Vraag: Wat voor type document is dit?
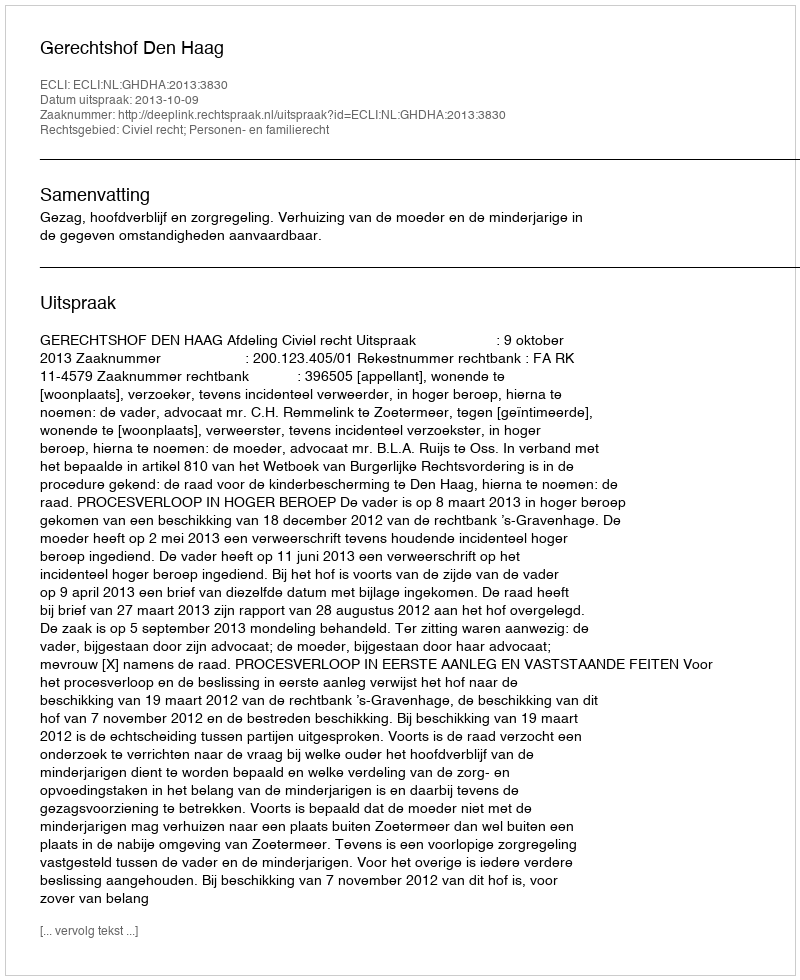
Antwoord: Uitspraak